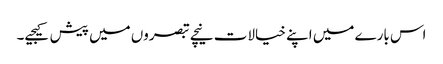
اس بارے میں اپنے خیالات نیچے تبصروں میں پیش کیجیے۔